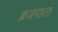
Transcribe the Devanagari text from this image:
ब्रजपाल